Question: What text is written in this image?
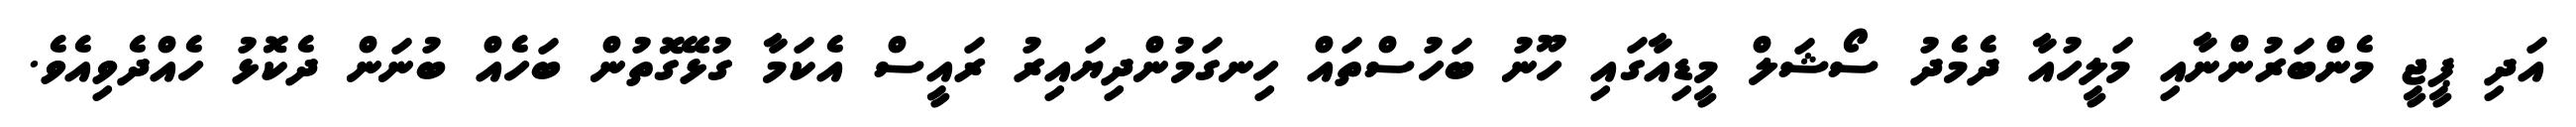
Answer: އަދި ޕީޖީ މެންބަރުންނާއި މަލީހުއާ ދެމެދު ސޯޝަލް މީޑިއާގައި ހޫނު ބަހުސްތައް ހިނގަމުންދިޔައިރު ރައީސް އެކަމާ ގުޅޭގޮތުން ބަހެއް ބުނަން ދެކޮޅު ހެއްދެވިއެވެ.